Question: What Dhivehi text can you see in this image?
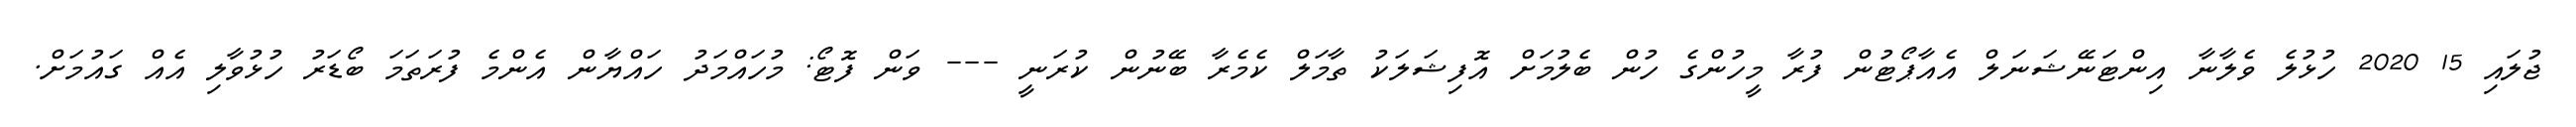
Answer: ޖުލައި 15 2020 ހުޅުލެ ވެލާނާ އިންޓަނޭޝަނަލް އެއާޕޯޓުން ފުރާ މީހުންގެ ހުން ބެލުމަށް އޮފިޝަލަކު ތާމަލް ކެމެރާ ބޭނުން ކުރަނީ --- ވަން ފޮޓޯ: މުހައްމަދު ހައްޔާން އެންމެ ފުރަތަމަ ބޯޑަރު ހުޅުވާލި އެއް ގައުމަށް.